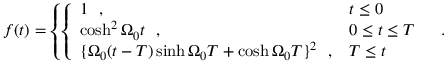
f ( t ) = \left\{ \left\{ \begin{array} { l l } { { 1 \hfill \ \ , } } & { { t \leq 0 } } \\ { { \cosh ^ { 2 } \Omega _ { 0 } t \hfill \ \ , } } & { { 0 \leq t \leq T } } \\ { { \{ \Omega _ { 0 } ( t - T ) \sinh \Omega _ { 0 } T + \cosh \Omega _ { 0 } T \} ^ { 2 } \hfill \ \ , } } & { { T \leq t } } \end{array} \right. \right. \ \ .